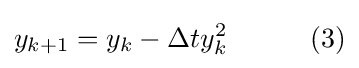
y_{k+1}=y_{k}-\Delta ty_{k}^{2}\quad \quad \quad (3)